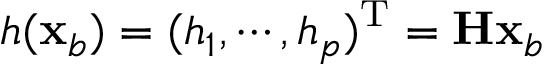
h ( { \bf x } _ { b } ) = ( h _ { 1 } , \cdots , h _ { p } ) ^ { \mathrm { T } } = { \bf H } { \bf x } _ { b }